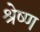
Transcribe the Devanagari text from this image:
श्रेष्‍ण